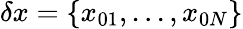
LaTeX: \delta x=\{ x_{01},...,x_{0N}\}